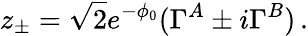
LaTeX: z_{\pm}=\sqrt{2}e^{-\phi_{0}}(\Gamma^{A}\pm i\Gamma^{B})\, .